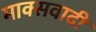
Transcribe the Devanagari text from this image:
माक्सवादी